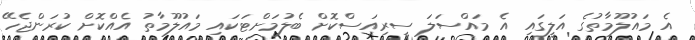
އެ މައުލޫމާތުގެ އަލީގައި އެ މައްސަލަ ސީރިއަސްކޮށް ބެލުމަށްޓަކައި މައުލޫމާތު އެއްކޮށް ކުރަންޖެހޭ